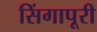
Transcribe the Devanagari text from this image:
सिंगापूरी